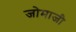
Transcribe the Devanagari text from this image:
जोमाजी